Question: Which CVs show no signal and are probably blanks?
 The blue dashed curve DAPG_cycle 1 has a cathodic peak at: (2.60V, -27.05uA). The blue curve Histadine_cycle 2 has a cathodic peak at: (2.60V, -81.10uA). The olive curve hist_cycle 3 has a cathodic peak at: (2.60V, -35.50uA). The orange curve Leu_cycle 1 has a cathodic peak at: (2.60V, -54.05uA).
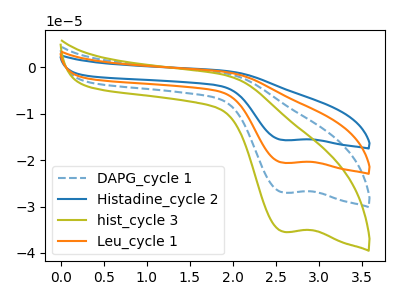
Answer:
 <answer>There are not any CV's on this graph that are likely to be blanks.</answer>
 <eval>none</eval>